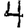
Digit: 4